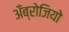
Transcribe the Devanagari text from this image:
अँब्रोजियो